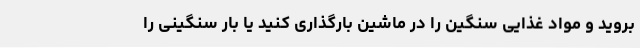
بروید و مواد غذایی سنگین را در ماشین بارگذاری کنید یا بار سنگینی را